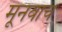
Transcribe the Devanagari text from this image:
मूनवाच